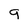
Character: 9